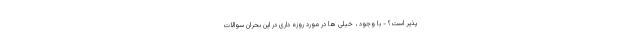
پذیر است؟ - با وجود ، خیلی ها در مورد روزه داری در این بحران سوالات